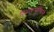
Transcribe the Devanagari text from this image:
टिळकपक्षीयांनी